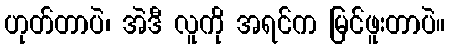
ဟုတ်တာပဲ၊ အဲဒီ လူကို အရင်က မြင်ဖူးတာပဲ။